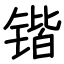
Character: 锴